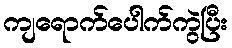
ကျရောက်ပေါက်ကွဲပြီး